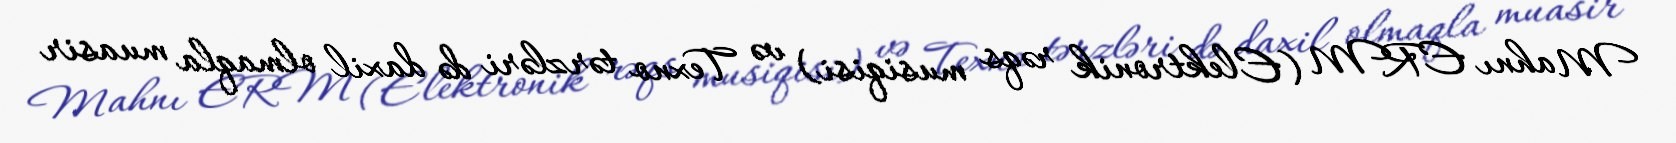
Mahnı ERM (Elektronik rəqs musiqisi) və Texno tərzləri də daxil olmaqla muasir